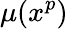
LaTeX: \mu(x^{p})